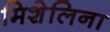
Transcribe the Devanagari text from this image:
मिशेलिना